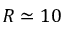
R \simeq 1 0